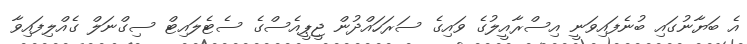
އެ ބަޔާނުގައި ބުނެފައިވަނީ އިސްރާއީލުގެ ވައިގެ ސަރަހައްދުން ޖީޕީއެސްގެ ސެޓެލައިޓް ސިގްނަލް ގެއްލިފައިވާ